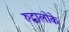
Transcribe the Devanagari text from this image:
रुद्धालोके